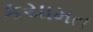
કયામત